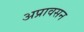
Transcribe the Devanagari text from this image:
अप्रावसन